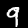
Label: 9